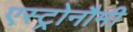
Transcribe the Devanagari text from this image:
एस्ट्रोनौमी